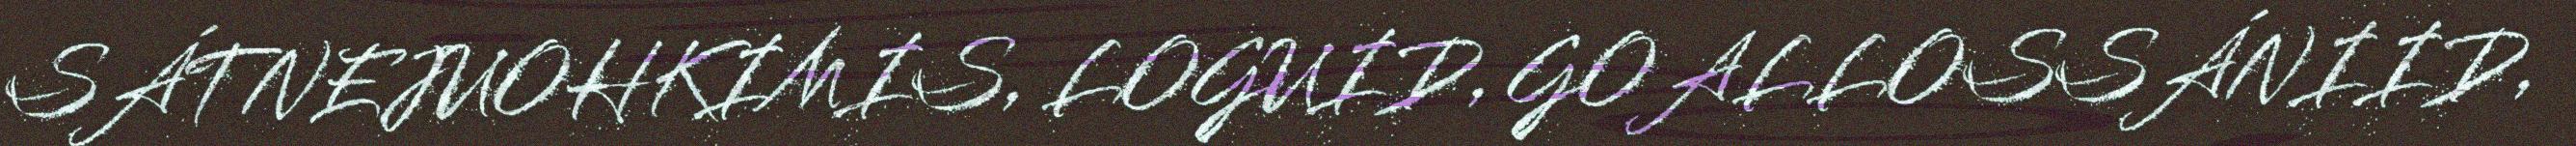
SÁTNEJUOHKIMIS, LOGUID, GOALLOSSÁNIID,